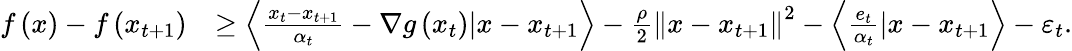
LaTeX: \begin{array}{rl}{f\left(x\right)-f\left(x_{t+1}\right)}&{\geq\left\langle\frac{x_{t}-x_{t+1}}{\alpha_{t}}-\nabla g\left(x_{t}\right)|x-x_{t+1}\right\rangle-\frac{\rho}{2}\left\Vert x-x_{t+1}\right\Vert^{2}-\left\langle\frac{e_{t}}{\alpha_{t}}|x-x_{t+1}\right\rangle-\varepsilon_{t}.}\end{array}